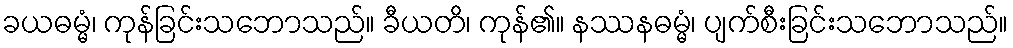
ခယဓမ္မံ၊ ကုန်ခြင်းသဘောသည်။ ခီယတိ၊ ကုန်၏။ နဿနဓမ္မံ၊ ပျက်စီးခြင်းသဘောသည်။